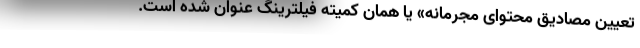
تعیین مصادیق محتوای مجرمانه» یا همان کمیته فیلترینگ عنوان شده است.